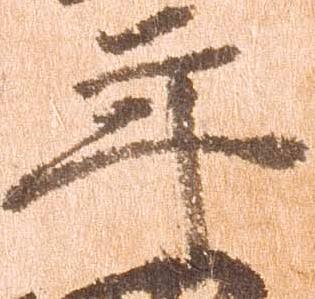
年